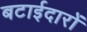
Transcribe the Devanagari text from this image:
बटाईदारों